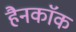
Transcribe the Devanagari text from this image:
हैनकाॅक